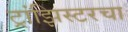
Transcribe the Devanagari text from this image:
ट्रांझिस्टरचा